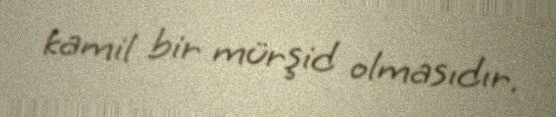
kamil bir mürşid olmasıdır.